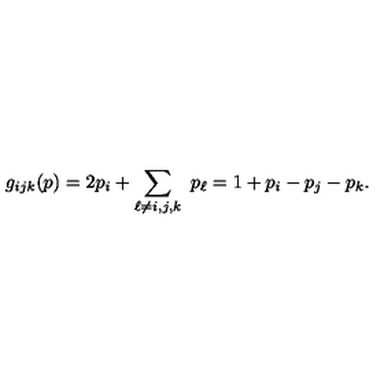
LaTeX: g _ { i j k } ( p ) = 2 p _ { i } + \sum _ { \ell \ne i , j , k } \ p _ { \ell } = 1 + p _ { i } - p _ { j } - p _ { k } .